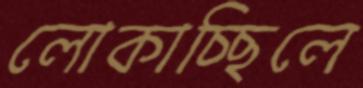
লোকাচ্ছিলে